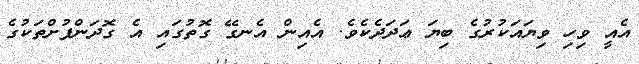
އެއީ ވިހި ވިޔައަކުރުގެ ބިޔަ ޢަދަދެކެވެ. އެއިން އެނގޭ ގޮތުގައި އެ ގޮދަންފުށްތަކުގެ